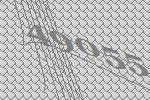
49055